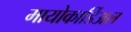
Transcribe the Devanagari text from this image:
मायोकार्डिअल